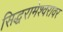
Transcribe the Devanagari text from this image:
सिद्धरामेश्वरावर